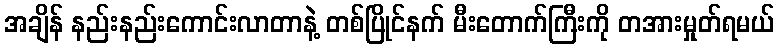
အချိန် နည်းနည်းကောင်းလာတာနဲ့ တစ်ပြိုင်နက် မီးတောက်ကြီးကို တအားမှုတ်ရမယ်